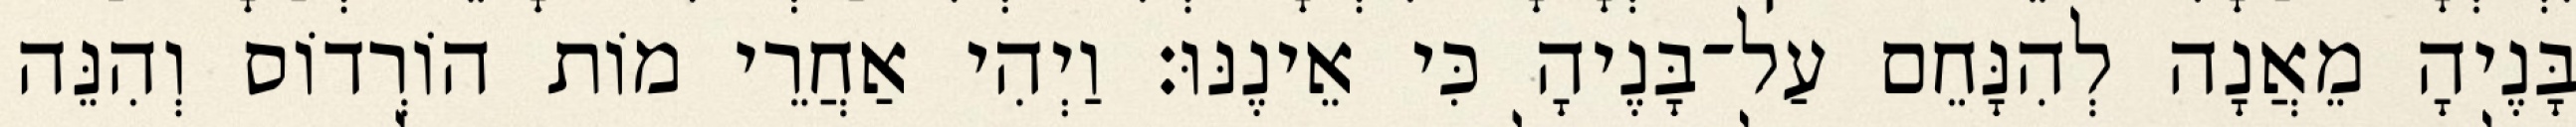
בָּנֶיהָ מֵאֲנָה לְהִנָּחֵם עַל־בָּנֶיהָ כִּי אֵינֶנּוּ׃ וַיְהִי אַחֲרֵי מוֹת הוֹרְדוֹס וְהִנֵּה